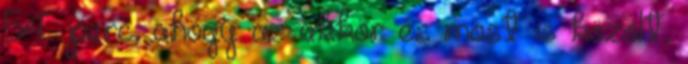
54 perc, ahogy az akkor és most is közölt,